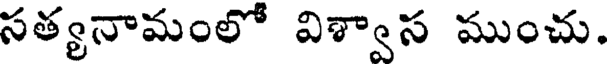
సత్యనామంలో విశ్వాస ముంచు.